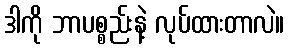
ဒါကို ဘာပစ္စည်းနဲ့ လုပ်ထားတာလဲ။